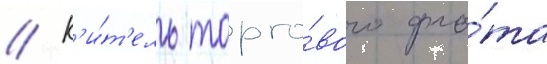
// К'и́т'ель торго́вого фло́та